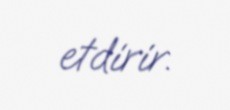
etdirir.